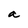
Character: a